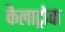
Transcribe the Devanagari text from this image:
कैलाट्रोवा